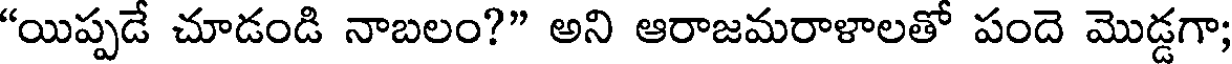
"యిప్పడే చూడండి నాబలం?" అని ఆరాజమరాళాలతో పందె మొడ్డగా